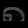
Digit: ၈